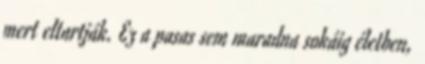
mert eltartják. Ez a pasas sem maradna sokáig életben,